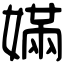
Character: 𡠪